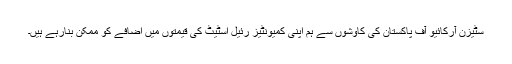
سٹیزن آرکائیو آف پاکستان کی کاوشوں سے ہم اپنی کمیونٹیز رئیل اسٹیٹ کی قیمتوں میں اضافے کو ممکن بنارہے ہیں۔